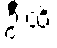
ဦးထိ